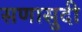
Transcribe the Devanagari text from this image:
सणासुदी